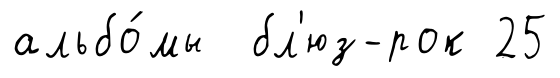
альбо́мы бл'юз-рок 25